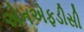
એનએફડીસી